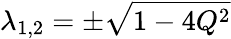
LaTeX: \lambda_{1,2}=\pm\sqrt{1-4Q^{2}}